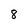
Character: 8